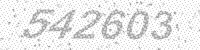
Solution: 542603